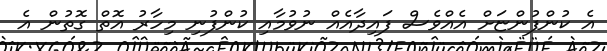
އެ ކުންފުންޏަށް އެއްވެސް ފައިދާއެއް ނުވުމާއި ކުންފުނި މިހާރު އޮތް ގޮތުން އެ